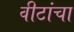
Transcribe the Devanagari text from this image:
वीटांचा